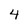
Character: 4